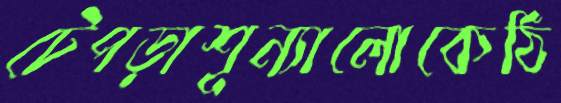
টেপড়াশূন্যালোকেঠি